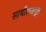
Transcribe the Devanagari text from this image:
साथीराजपूत